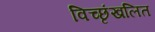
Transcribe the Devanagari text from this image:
विच्छृंखलित